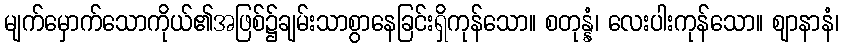
မျက်မှောက်သောကိုယ်၏အဖြစ်၌ချမ်းသာစွာနေခြင်းရှိကုန်သော။ စတုန္နံ၊ လေးပါးကုန်သော။ ဈာနာနံ၊